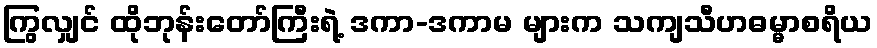
ကြွလျှင် ထိုဘုန်းတော်ကြီးရဲ့ ဒကာ-ဒကာမ များက သကျသီဟဓမ္မာစရိယ